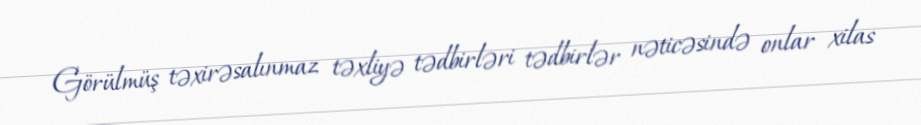
Görülmüş təxirəsalınmaz təxliyə tədbirləri tədbirlər nəticəsində onlar xilas